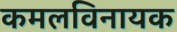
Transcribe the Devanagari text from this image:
कमलविनायक